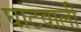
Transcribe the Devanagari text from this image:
घाटवाली